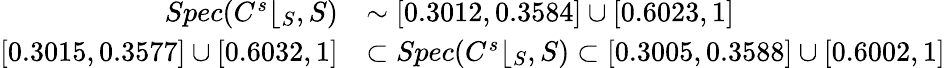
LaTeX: \begin{array}{rl}{Spec(C^{s}\lfloor_{S},S)}&{\sim\left[0.3012,0.3584\right]\cup\left[0.6023,1\right]}\\ {\lbrack 0.3015,0.3577]\cup\lbrack 0.6032,1]}&{\subset Spec(C^{s}\lfloor_{S},S)\subset\lbrack 0.3005,0.3588]\cup\lbrack 0.6002,1]}\end{array}